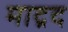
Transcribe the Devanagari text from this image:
माद्रद